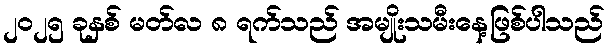
၂၀၂၅ ခုနှစ် မတ်လ ၈ ရက်သည် အမျိုးသမီးနေ့ဖြစ်ပါသည်